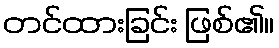
တင်ထားခြင်း ဖြစ်၏။